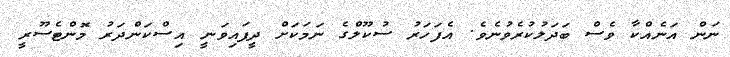
ނަން އަނެއްކާ ވެސް ބަދަލުކުރެވުނެވެ. އެފަހަރު ސުކޫލްގެ ނަމަކަށް ދީފައިވަނީ އިސްކަންދަރު މޮންޓެސޫރީ